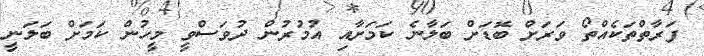
ފަރާތްތަކެއްތޯ ވަރަށް ބޮޑަށް ބަލާނެ ކަމަށާއި އުމުރުން ދުވަސްވީ މީހުން ކަމަށް ބަލަނީ